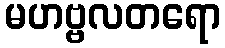
မဟဗ္ဗလတရော